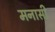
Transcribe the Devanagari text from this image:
मनासी